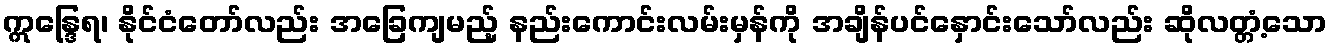
ဣန္ဒြေရ၊ နိုင်ငံတော်လည်း အခြေကျမည့် နည်းကောင်းလမ်းမှန်ကို အချိန်ပင်နှောင်းသော်လည်း ဆိုလတ္တံ့သော